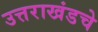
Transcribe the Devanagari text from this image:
उत्तराखंडचे